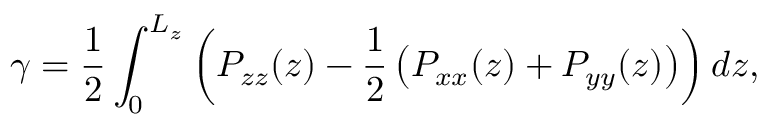
\gamma = \frac { 1 } { 2 } \int _ { 0 } ^ { L _ { z } } \left( P _ { z z } ( z ) - \frac { 1 } { 2 } \left( P _ { x x } ( z ) + P _ { y y } ( z ) \right) \right) d z ,